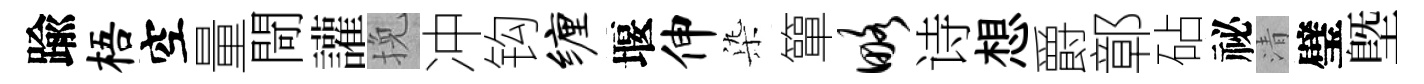
踰梧空量閜讙挽冲钩缠堰伸𣑱簞略诗想爵鄣砧祕清璧塈